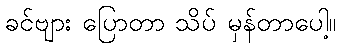
ခင်ဗျား ပြောတာ သိပ် မှန်တာပေါ့။